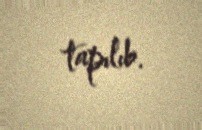
tapılıb.